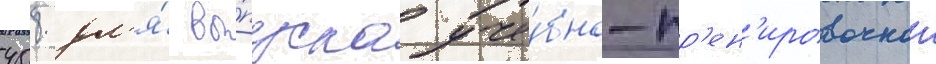
458 дл'я́ вы́пуска уче́бно-тр'ен'ировочнои